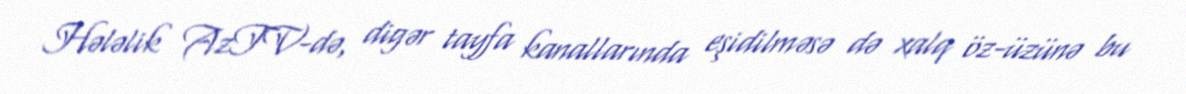
Hələlik AzTV-də, digər tayfa kanallarında eşidilməsə də xalq öz-üzünə bu